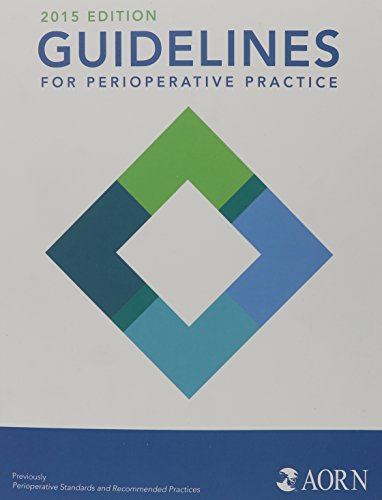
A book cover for Guidelines for Perioperative Practice 2015 Edition (Aorn Perioperative Standards and Recommended Practices); Ramona, Ed. Conner; Medical Books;